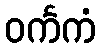
ဝင်္ကကံ